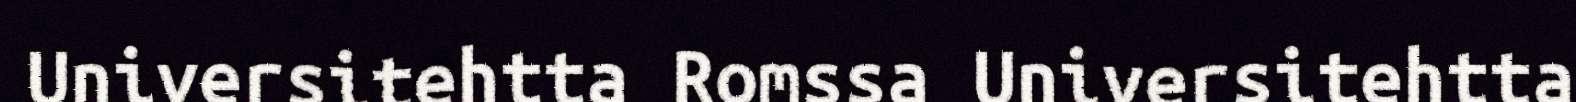
Universitehtta Romssa Universitehtta